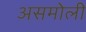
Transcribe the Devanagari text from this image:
असमोली